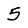
Character: 5